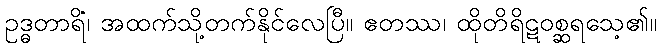
ဥဒ္ဓတာရိံ၊ အထက်သို့တက်နိုင်လေပြီ။ ဧတဿ၊ ထိုတိရိဋဝစ္ဆရသေ့၏။